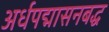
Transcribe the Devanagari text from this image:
अर्धपद्मासनबद्ध